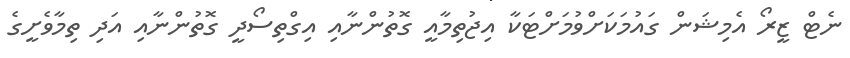
ނެޓް ޒީރޯ އެމިޝަން ގައުމަކަށްވުމަށްޓަކާ އިޖުތިމާއީ ގޮތުންނާއި އިގްތިސޯދީ ގޮތުންނާއި އަދި ތިމާވެށީގެ